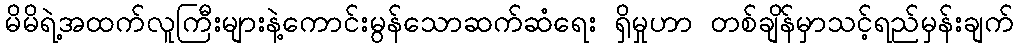
မိမိရဲ့အထက်လူကြီးများနဲ့ကောင်းမွန်သောဆက်ဆံရေး ရှိမှုဟာ တစ်ချိန်မှာသင့်ရည်မှန်းချက်